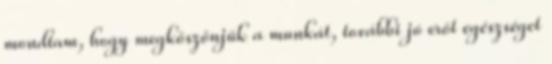
mondtam, hogy megköszönjük a munkát, további jó erőt egészséget